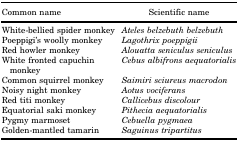
<table><thead><tr><td><b>Common name</b></td><td><b>Scientific name</b></td></tr></thead><tbody><tr><td>White-bellied spider monkey</td><td><i>Ateles belzebuth belzebuth</i></td></tr><tr><td>Poeppigi&#x27;s woolly monkey</td><td><i>Lagothrix poeppigii</i></td></tr><tr><td>Red howler monkey</td><td><i>Alouatta seniculus seniculus</i></td></tr><tr><td>White fronted capuchin monkey</td><td><i>Cebus albifrons aequatorialis</i></td></tr><tr><td>Common squirrel monkey</td><td><i>Saimiri sciureus macrodon</i></td></tr><tr><td>Noisy night monkey</td><td><i>Aotus vociferans</i></td></tr><tr><td>Red titi monkey</td><td><i>Callicebus discolour</i></td></tr><tr><td>Equatorial saki monkey</td><td><i>Pithecia aequatorialis</i></td></tr><tr><td>Pygmy marmoset</td><td><i>Cebuella pygmaea</i></td></tr><tr><td>Golden-mantled tamarin</td><td><i>Saguinus tripartitus</i></td></tr></tbody></table>